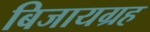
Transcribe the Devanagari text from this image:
बिजायग्रह